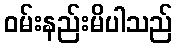
ဝမ်းနည်းမိပါသည်